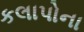
કલાપોના